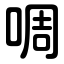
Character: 啁